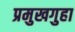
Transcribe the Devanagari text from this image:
प्रमुखगुहा